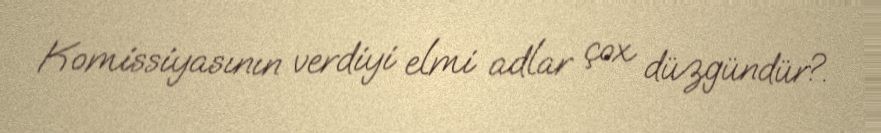
Komissiyasının verdiyi elmi adlar çox düzgündür?.